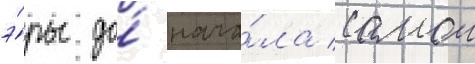
э́ры до́ нача́ла самои